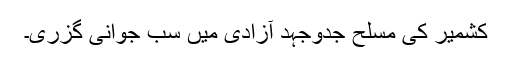
کشمیر کی مسلح جدوجہد آزادی میں سب جوانی گزری۔